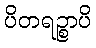
ပိတရဉ္စာပိ